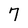
Character: 7